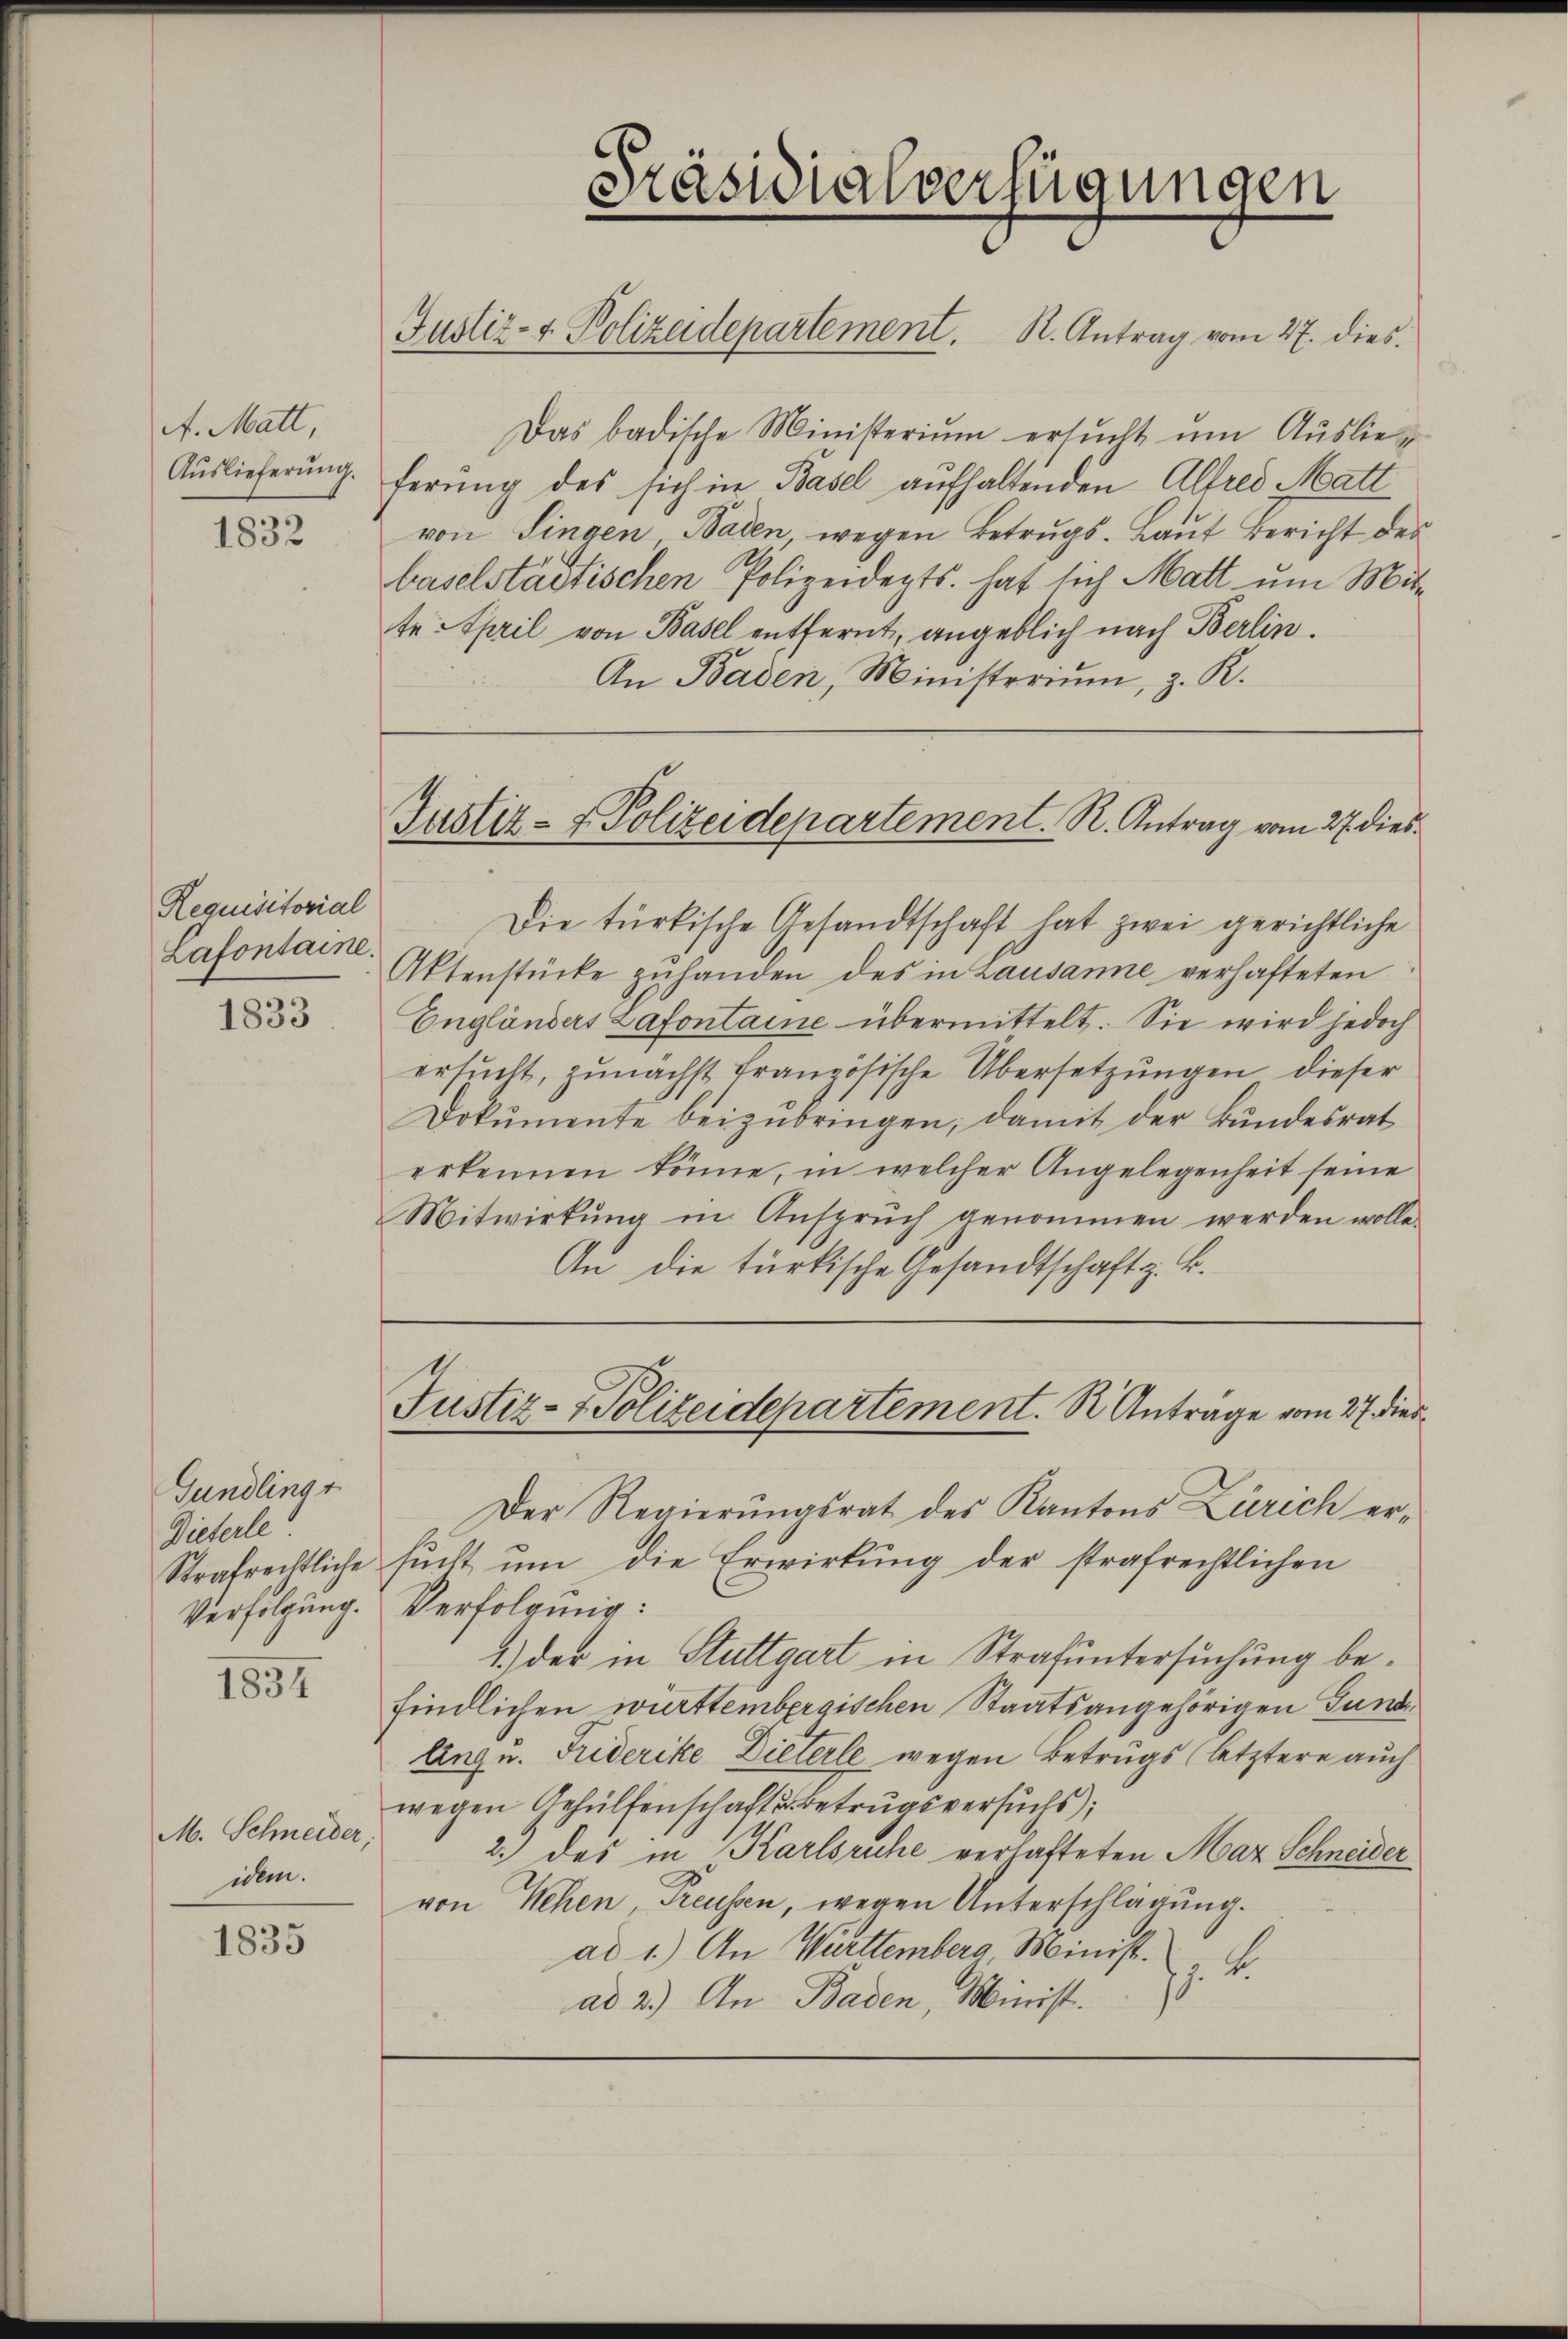
A. Matt,
Auslieferung.
1832

Requisitorial
Lafontaine.

1833

Gundlingt
Dieterle
Verfolgung.

1834

M. Schneider,
idem.

1835

f

Präsidialverfügungen
Justiz- & Polizeidepartement. R. Antrag vom 27. dies

Das badische Ministerium ersucht um Auslieferung des sich in Basel aufhaltenden Altres Matt
von Singen Baden wegen Betrŭgs-Laŭt Bericht des
baselstädtischen Polizeidepts. hat sich Matt um Mitte April von Basel entfernt, angeblich nach Berlin.
An Baden, Ministerium, z. R.

Justiz- & Polizeidepartement. R. Antrag vom 27 dies

Justiz- & Polizeidepartement. S. Antrage vom 27. dies

Die türkische Gesandtschaft hat zwei gerichtliche
Aktenstücke zuhanden des in Lausanne verhafteten
Engländers Lafontaine übermittelt. Sie wird jedoch
ersucht, zunächst französische Übersetzungen dieser
Dokumente beizubringen, damit der Bundesrat
erkennen könne, in welcher Angelegenheit seine
Mitwirkung in Anspruch genommen werden wolle.
An die türkische Gesandtschaft z. B.
Der Regierungsrat des Kantons Zürich er¬
Strafrechtliche sŭcht ŭm die Erwirkŭng der strafrechtlichen
Verfolgung:
1.) der in Stuttgart in Strafuntersuchung befindlichen wirttembergischen Staatsangehörigen Gund¬
Angu. Friderike Dielerle wegen Betrugs (letztere auch
wegen Gehülfenschaft u. Betrugsversuchs);
2. des in Karlsruhe verhafteten Mar Schneider
von Sehen, Preussen, wegen Unterschlägung.
ad 1.) An Württemberg, Minist.
. B.
ad 2.) An Baden, Minist.